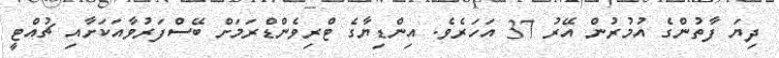
ދިޔަ ފާތުންގެ އުމުރުން އޭރު 37 އަހަރެވެ. އިންޑިޔާގެ ޓްރިވެންޑްރަމަށް ބޭސްފަރުވާއަކަށާއި ޗުއްޓީ